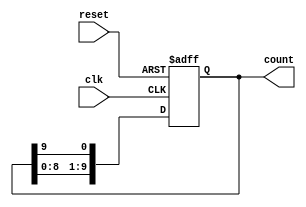
module decade_ring_counter (
    input wire clk,          // Clock input
    input wire reset,        // Asynchronous reset input
    output reg [9:0] count   // 10-bit output representing the counter state
);

// Initialize the counter to the first state (0000000001)
initial begin
    count = 10'b0000000001; // Start with the first state
end

// Always block triggered on the rising edge of the clock or on reset
always @(posedge clk or posedge reset) begin
    if (reset) begin
        count <= 10'b0000000001; // Reset to the initial state
    end else begin
        // Shift the counter to the left and wrap around
        count <= {count[8:0], count[9]};
    end
end

endmodule